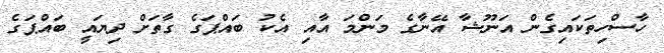
ހާސްހިތަކައިގެން އަނޫޝާ އޭނާގެ މަންމަ އާއި އެކު ބައްޕަގެ ގާތަށް ދިޔައީ ބައްޕަގެ